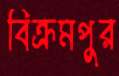
বিক্রমপুর